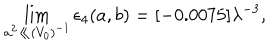
\lim _ { a ^ { 2 } \ll ( V _ { 0 } ) ^ { - 1 } } \epsilon _ { 4 } ( a , b ) = [ - 0 . 0 0 7 5 ] \lambda ^ { - 3 } ,